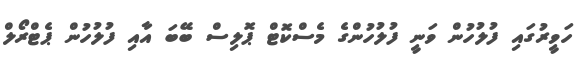
ހަވީރުގައި ފުލުހުން ވަނީ ފުލުހުންގެ މެސްކޮޓް ޕޮލިސް ބޭބަ އާއި ފުލުހުން ޕެޓްރޯލް